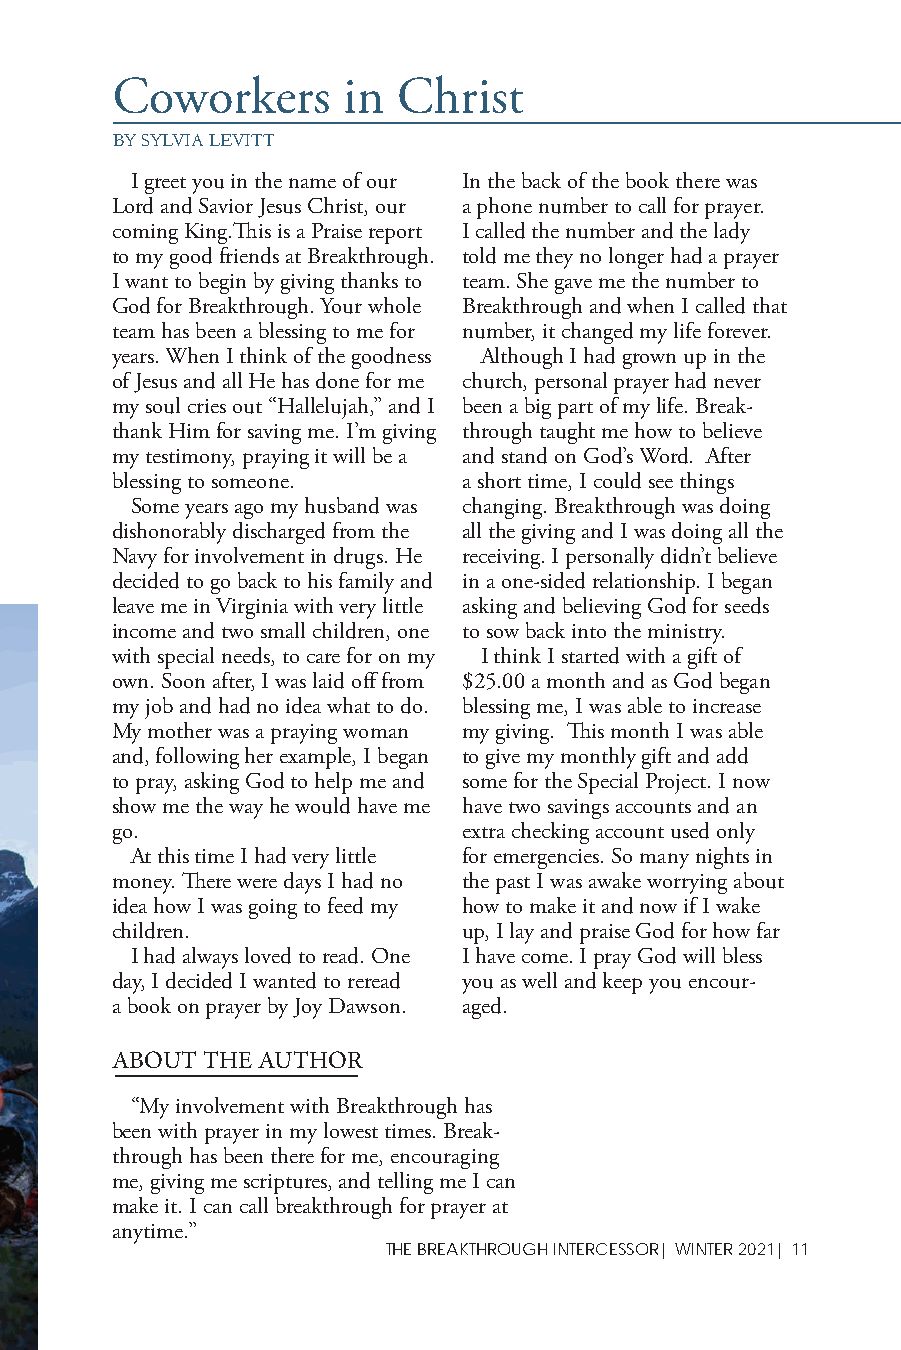
Coworkers       in Christ
 BY SYLVIA LEVITT
 I greet you in the name of our In the back of the book there was
 Lord and Savior Jesus Christ, our a phone number to call for prayer.
 coming King.Th is is a Praise report I called the number and the lady
 to my good friends at Breakthrough. told me they no longer had a prayer
 I want to begin by giving thanks to team. She gave me the number to
 God for Breakthrough. Your whole Breakthrough and when I called that
 team has been a blessing to me for number, it changed my life forever.
 years. When I think of the goodness Although I had grown up in the
 of Jesus and all He has done for me church, personal prayer had never
 my soul cries out “Hallelujah,” and I been a big part of my life. Break-
 thank Him for saving me. I’m giving through taught me how to believe
 my testimony, praying it will be a and stand on God’s Word. After
 blessing to someone.    a short time, I could see things
 Some years ago my husband was changing. Breakthrough was doing
 dishonorably discharged from the all the giving and I was doing all the
 Navy for involvement in drugs. He receiving. I personally didn’t believe
 decided to go back to his family and in a one-sided relationship. I began
 leave me in Virginia with very little asking and believing God for seeds
 income and two small children, one to sow back into the ministry.
 with special needs, to care for on my I think I started with a gift of
 own. Soon after, I was laid off from $25.00 a month and as God began
 my job and had no idea what to do. blessing me, I was able to increase
 My mother was a praying woman my giving. Th is month I was able
 and, following her example, I began to give my monthly gift and add
 to pray, asking God to help me and some for the Special Project. I now
 show me the way he would have me have two savings accounts and an
 go.                     extra checking account used only
 At this time I had very little for emergencies. So many nights in
 money. Th ere were days I had no the past I was awake worrying about
 idea how I was going to feed my how to make it and now if I wake
 children.               up, I lay and praise God for how far
 I had always loved to read. One I have come. I pray God will bless
 day, I decided I wanted to reread you as well and keep you encour-
 a book on prayer by Joy Dawson. aged.
 ABOuT THe AuTHOR
 “My involvement with Breakthrough has
 been with prayer in my lowest times. Break-
 through has been there for me, encouraging
 me, giving me scriptures, and telling me I can
 make it. I can call breakthrough for prayer at
 anytime.”
 THE BREAKTHROUGH INTERCESSOR| WINTER 2021| 11